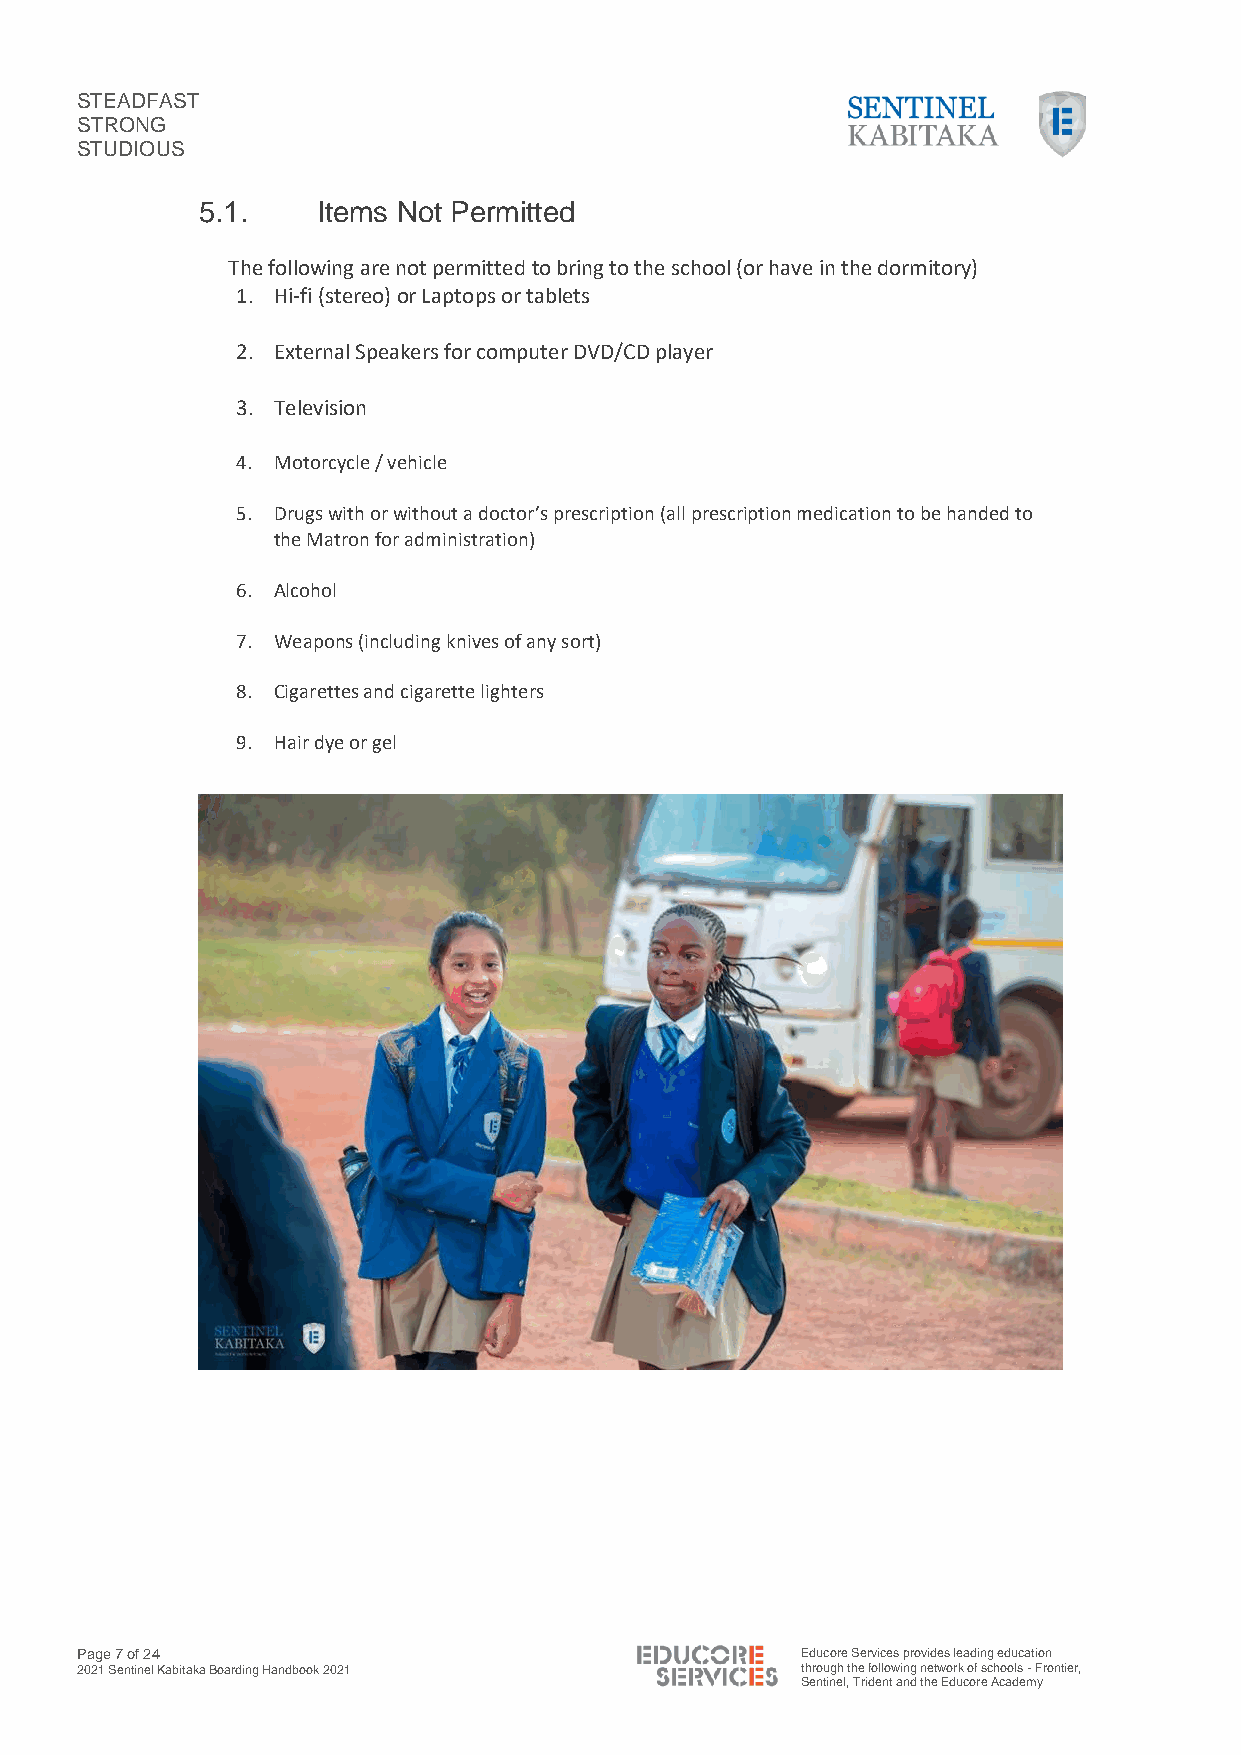
STEADFAST
 STRONG
 STUDIOUS
 5.1.    Items Not Permitted
 The following are not permitted to bring to the school (or have in the dormitory)
 1. Hi-fi (stereo) or Laptops or tablets
 2. External Speakers for computer DVD/CD player
 3. Television
 4. Motorcycle / vehicle
 5. Drugs with or without a doctor’s prescription (all prescription medication to be handed to
 the Matron for administration)
 6. Alcohol
 7. Weapons (including knives of any sort)
 8. Cigarettes and cigarette lighters
 9. Hair dye or gel
 Page 7 of 24                                    Educore Services provides leading education
 2021 Sentinel Kabitaka Boarding Handbook 2021   through the following network of schools - Frontier,
 Sentinel, Trident and the Educore Academy